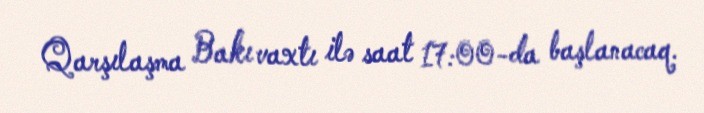
Qarşılaşma Bakı vaxtı ilə saat 17:00-da başlanacaq.